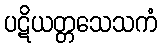
ပဋိယတ္တသေသကံ